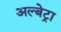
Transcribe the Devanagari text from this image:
अल्बेट्रा